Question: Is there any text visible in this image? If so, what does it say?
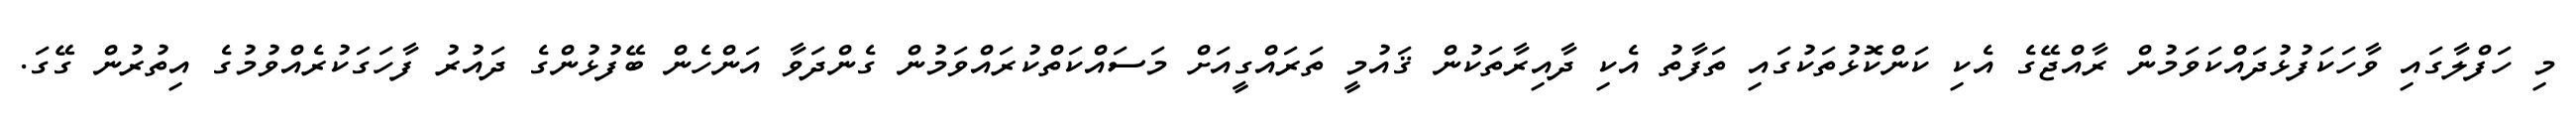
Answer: މި ހަފްލާގައި ވާހަކަފުޅުދައްކަވަމުން ރާއްޖޭގެ އެކި ކަންކޮޅުތަކުގައި ތަފާތު އެކި ދާއިރާތަކުން ޤައުމީ ތަރައްގީއަށް މަސައްކަތްކުރައްވަމުން ގެންދަވާ އަންހެން ބޭފުޅުންގެ ދައުރު ފާހަގަކުރެއްވުމުގެ އިތުރުން ގޭގަ.